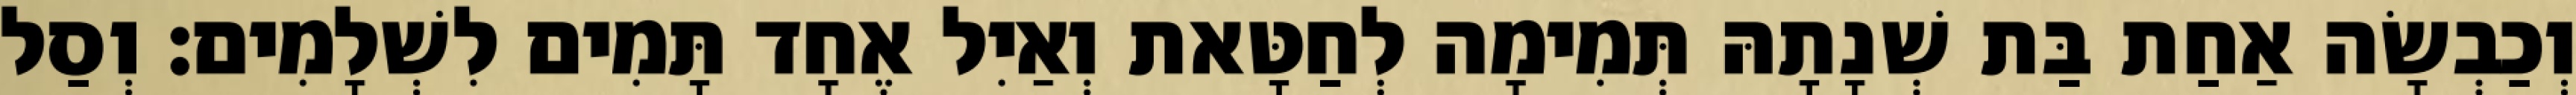
וְכַבְשָׂה אַחַת בַּת שְׁנָתָהּ תְּמִימָה לְחַטָּאת וְאַיִל אֶחָד תָּמִים לִשְׁלָמִים׃ וְסַל